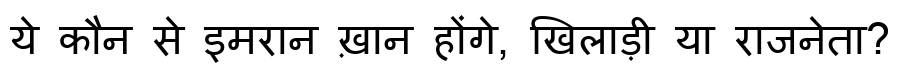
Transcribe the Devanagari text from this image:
ये कौन से इमरान ख़ान होंगे, खिलाड़ी या राजनेता?